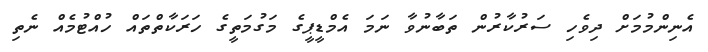
އެނިންމުމަށް ދިވެހި ސަރުކާރުން ތަބާނުވާ ނަމަ އެމްޑީޕީގެ މަގުމަތީގެ ހަރަކާތްތައް ހުއްޓުމެއް ނެތި